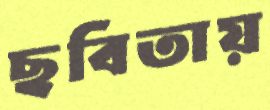
ছবিতায়